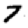
Digit: 7